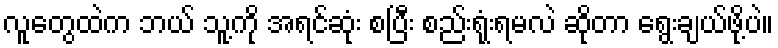
လူတွေထဲက ဘယ် သူ့ကို အရင်ဆုံး စပြီး စည်းရုံးရမလဲ ဆိုတာ ရွေးချယ်ဖို့ပဲ။